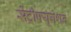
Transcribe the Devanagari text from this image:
सेंट्रीफ्यूगेशन